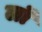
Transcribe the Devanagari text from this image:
लॉं